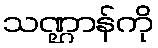
သဏ္ဌာန်ကို